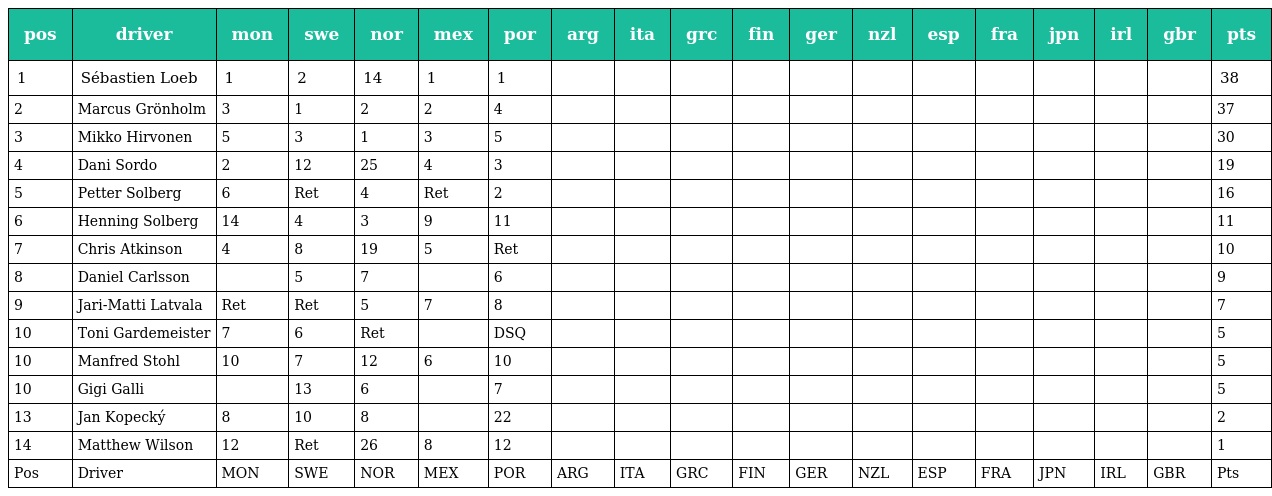
| pos | driver | mon | swe | nor | mex | por | arg | ita | grc | fin | ger | nzl | esp | fra | jpn | irl | gbr | pts |
 | --- | --- | --- | --- | --- | --- | --- | --- | --- | --- | --- | --- | --- | --- | --- | --- | --- | --- | --- |
 | 1 | Sébastien Loeb | 1 | 2 | 14 | 1 | 1 |  |  |  |  |  |  |  |  |  |  |  | 38 |
 | 2 | Marcus Grönholm | 3 | 1 | 2 | 2 | 4 |  |  |  |  |  |  |  |  |  |  |  | 37 |
 | 3 | Mikko Hirvonen | 5 | 3 | 1 | 3 | 5 |  |  |  |  |  |  |  |  |  |  |  | 30 |
 | 4 | Dani Sordo | 2 | 12 | 25 | 4 | 3 |  |  |  |  |  |  |  |  |  |  |  | 19 |
 | 5 | Petter Solberg | 6 | Ret | 4 | Ret | 2 |  |  |  |  |  |  |  |  |  |  |  | 16 |
 | 6 | Henning Solberg | 14 | 4 | 3 | 9 | 11 |  |  |  |  |  |  |  |  |  |  |  | 11 |
 | 7 | Chris Atkinson | 4 | 8 | 19 | 5 | Ret |  |  |  |  |  |  |  |  |  |  |  | 10 |
 | 8 | Daniel Carlsson |  | 5 | 7 |  | 6 |  |  |  |  |  |  |  |  |  |  |  | 9 |
 | 9 | Jari-Matti Latvala | Ret | Ret | 5 | 7 | 8 |  |  |  |  |  |  |  |  |  |  |  | 7 |
 | 10 | Toni Gardemeister | 7 | 6 | Ret |  | DSQ |  |  |  |  |  |  |  |  |  |  |  | 5 |
 | 10 | Manfred Stohl | 10 | 7 | 12 | 6 | 10 |  |  |  |  |  |  |  |  |  |  |  | 5 |
 | 10 | Gigi Galli |  | 13 | 6 |  | 7 |  |  |  |  |  |  |  |  |  |  |  | 5 |
 | 13 | Jan Kopecký | 8 | 10 | 8 |  | 22 |  |  |  |  |  |  |  |  |  |  |  | 2 |
 | 14 | Matthew Wilson | 12 | Ret | 26 | 8 | 12 |  |  |  |  |  |  |  |  |  |  |  | 1 |
 | Pos | Driver | MON | SWE | NOR | MEX | POR | ARG | ITA | GRC | FIN | GER | NZL | ESP | FRA | JPN | IRL | GBR | Pts |